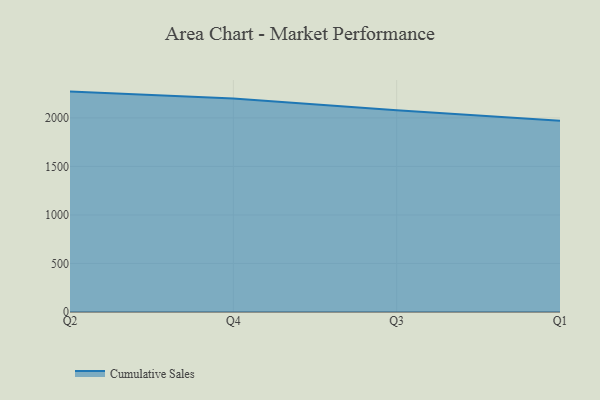
{"axis": {"x": "Quarter", "y": "Revenue (USD Million)"}, "legend": ["Cumulative Sales"], "data": [{"x": "Q2", "y": 2271.2, "type": "Cumulative Sales"}, {"x": "Q4", "y": 2199.4, "type": "Cumulative Sales"}, {"x": "Q3", "y": 2080.0, "type": "Cumulative Sales"}, {"x": "Q1", "y": 1970.6, "type": "Cumulative Sales"}]}